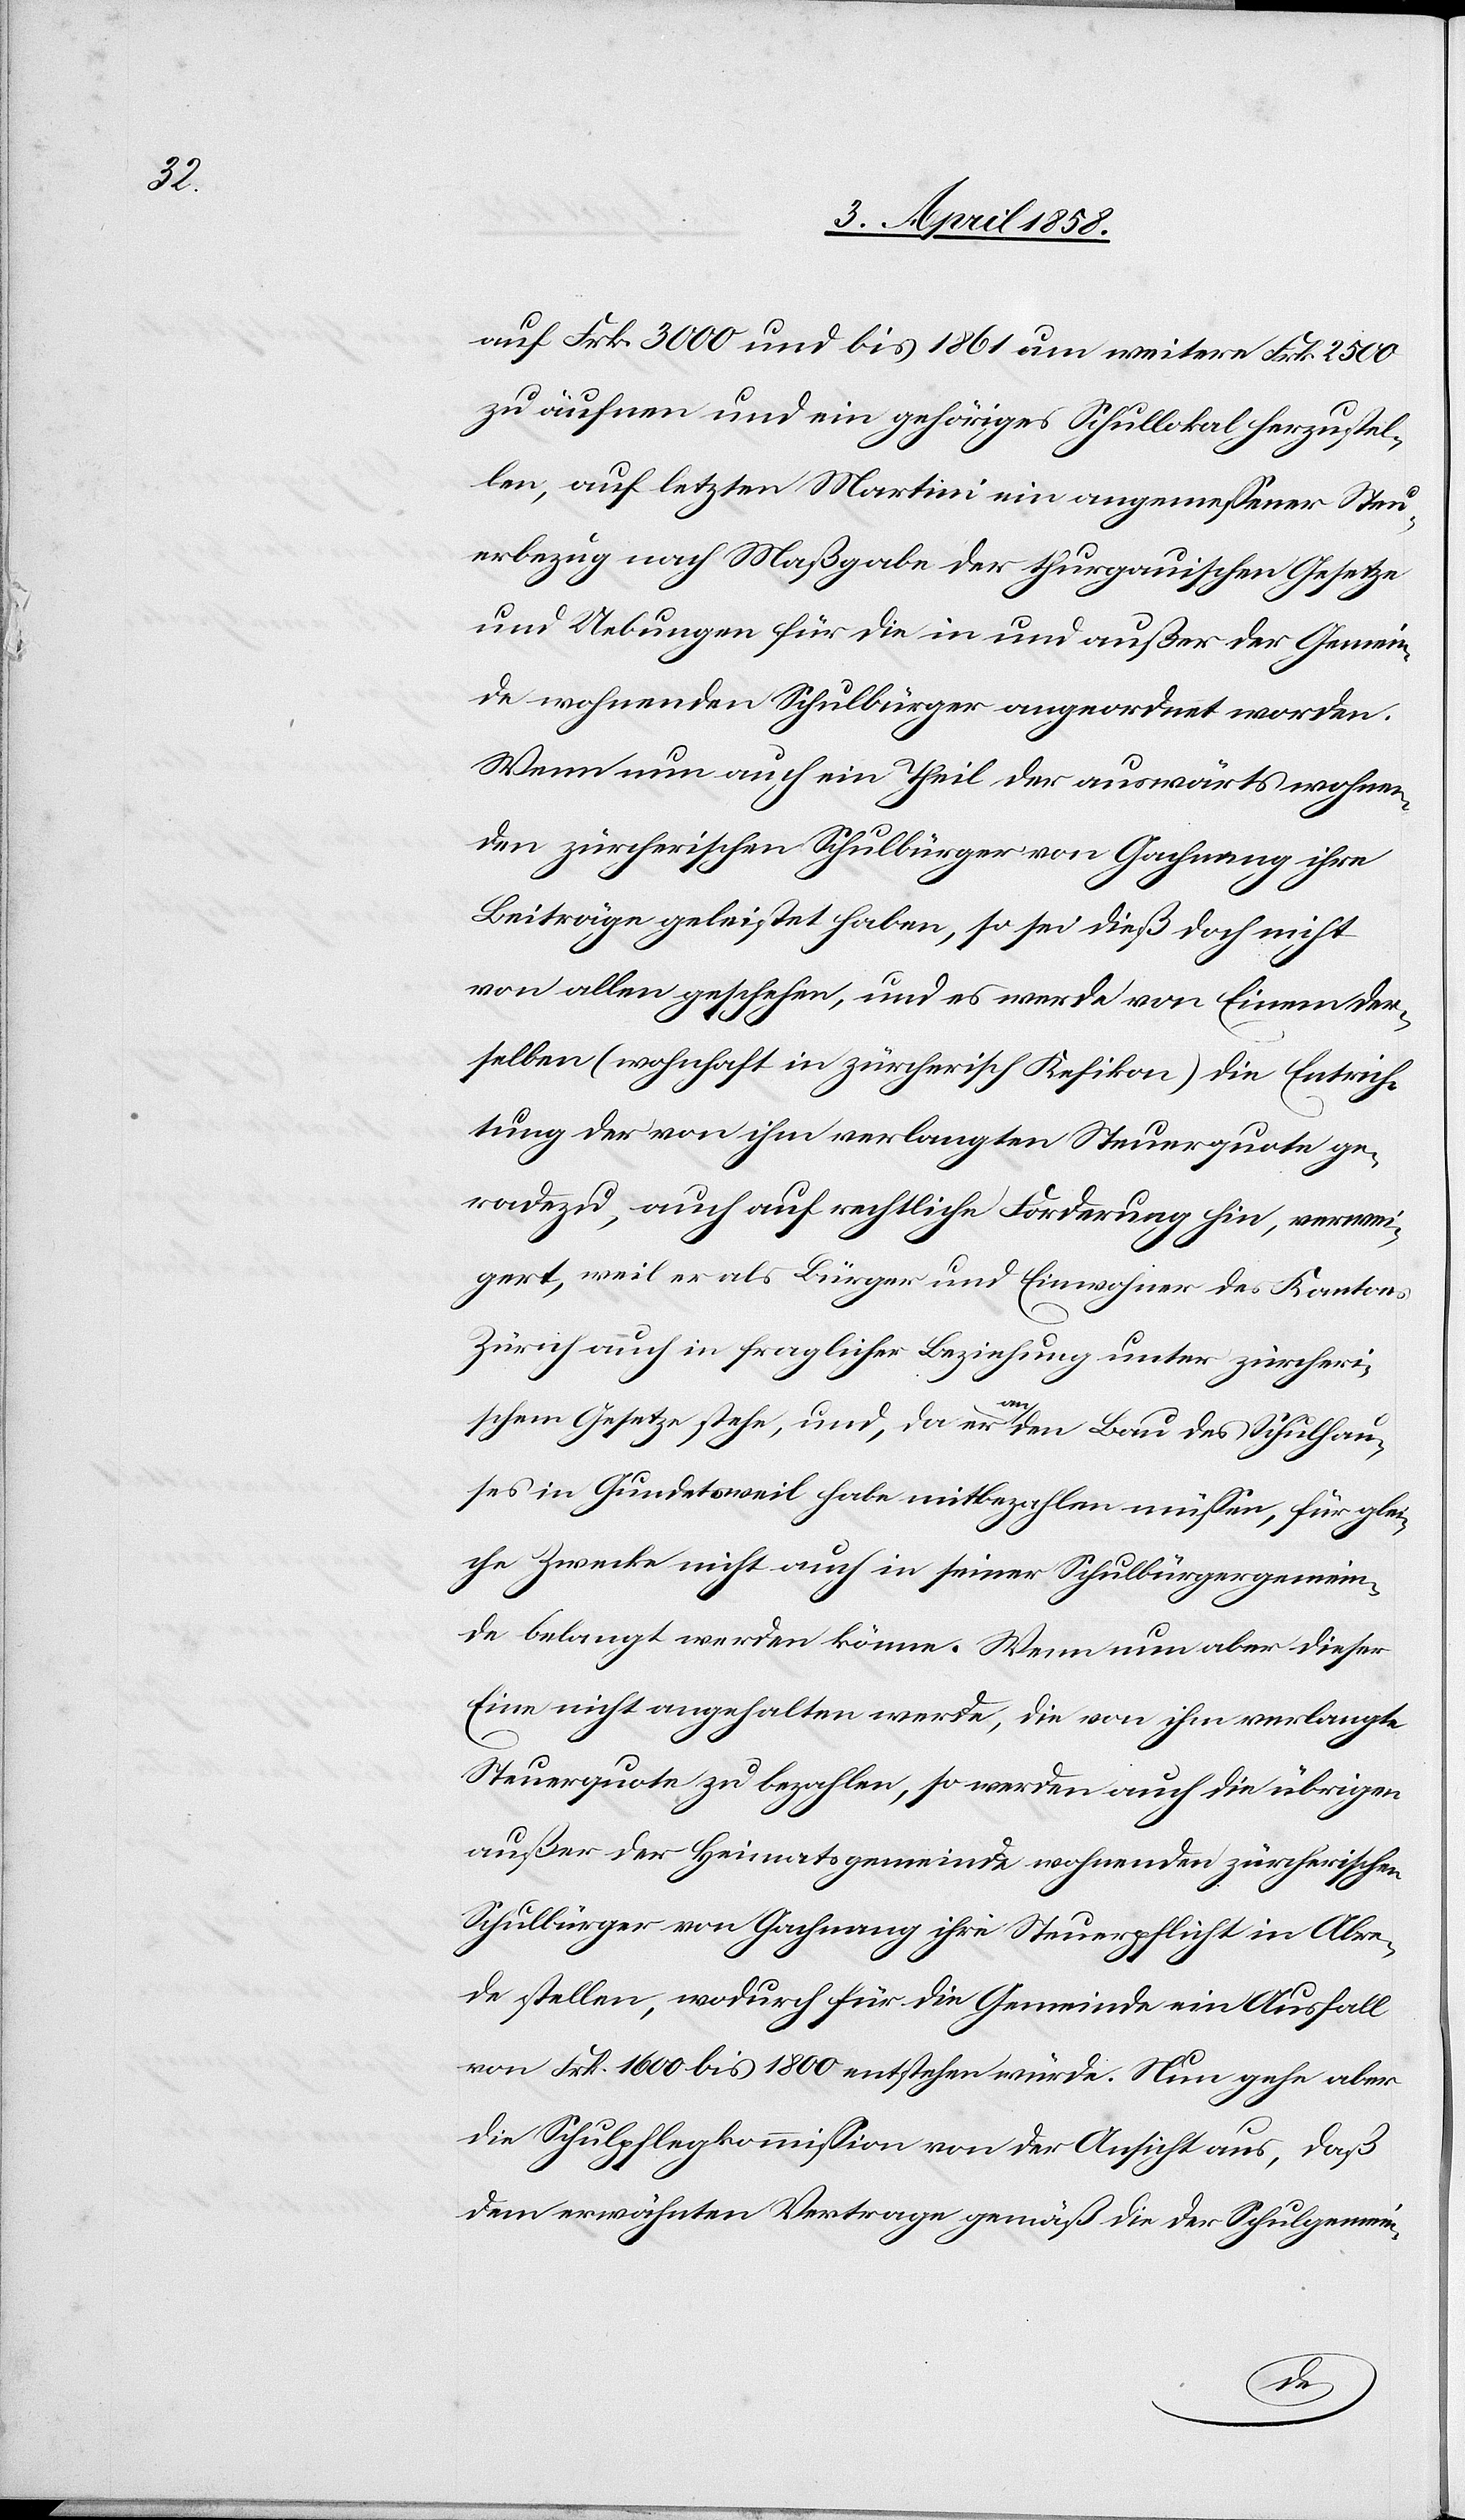
auf Frk. 3000 und bis 1861 um weitere Frk. 2500
zu äufnen und ein gehöriges Schullokal herzustel¬
len, auf letzten Martini ein angemessener Steu¬
erbezug nach Maßgabe der thurgauischen Gesetze
und Uebungen für die in und außer der Gemein¬
de wohnenden Schulbürger angeordnet worden.
Wenn nun auch ein Theil der auswärts wohnen¬
den zürcherischen Schulbürger von Gachnang ihre
Beiträge geleistet haben, so sei dieß doch nicht
von allen geschehen, und es werde von Einem der¬
selben (wohnhaft in zürcherisch Kefikon) die Entrich¬
tung der von ihm verlangten Steuerquote ge¬
radezu, auch auf rechtliche Forderung hin, verwei¬
gert, weil er als Bürger und Einwohner des Kantons
Zürich auch in fraglicher Beziehung unter zürcheri¬
schem Gesetze stehe, und, da er an den Bau des Schulhau¬
ses in Gundetsweil habe mitbezahlen müssen, für glei¬
che Zwecke nicht auch in seiner Schulbürgergemein¬
de belangt werden könne. Wenn nun aber dieser
Eine nicht angehalten werde, die von ihm verlangte
Steuerquote zu bezahlen, so werden auch die übrigen
außer der Heimatsgemeinde wohnenden zürcherischen
Schulbürger von Gachnang ihre Steuerpflicht in Abre¬
de stellen, wodurch für die Gemeinde ein Ausfall
von Frk. 1600 bis 1800 entstehen würde. Nun gehe aber
die Schulpflegkommission von der Ansicht aus, daß
dem erwähnten Vertrage gemäß die der Schulgemein-